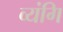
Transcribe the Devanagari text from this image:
व्यंगि